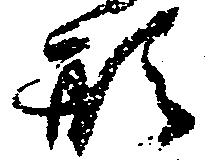
形